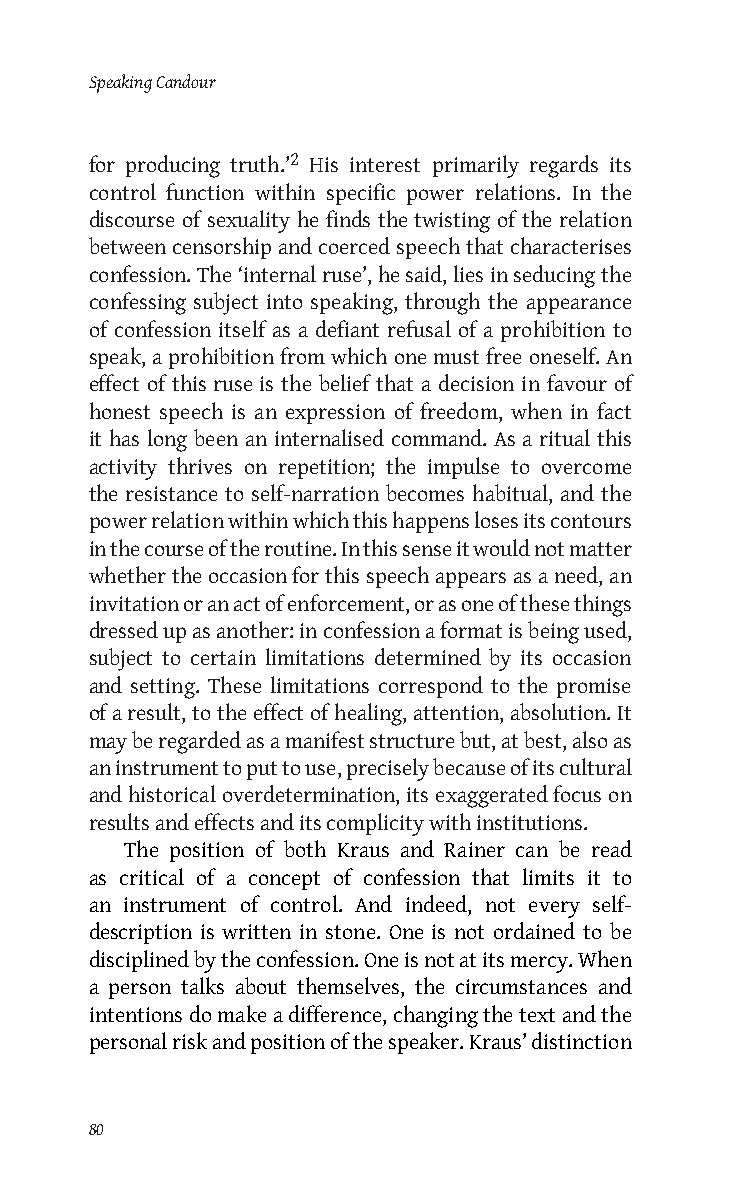
Speaking Candour
 for producing truth.’2 His interest primarily regards its
 control function within specific power relations. In the
 discourse of sexuality he finds the twisting of the relation
 between censorship and coerced speech that characterises
 confession. The ‘internal ruse’, he said, lies in seducing the
 confessing subject into speaking, through the appearance
 of confession itself as a defiant refusal of a prohibition to
 speak, a prohibition from which one must free oneself. An
 effect of this ruse is the belief that a decision in favour of
 honest speech is an expression of freedom, when in fact
 it has long been an internalised command. As a ritual this
 activity thrives on repetition; the impulse to overcome
 the resistance to self-narration becomes habitual, and the
 power relation within which this happens loses its contours
 in the course of the routine. In this sense it would not matter
 whether the occasion for this speech appears as a need, an
 invitation or an act of enforcement, or as one of these things
 dressed up as another: in confession a format is being used,
 subject to certain limitations determined by its occasion
 and setting. These limitations correspond to the promise
 of a result, to the effect of healing, attention, absolution. It
 may be regarded as a manifest structure but, at best, also as
 an instrument to put to use, precisely because of its cultural
 and historical overdetermination, its exaggerated focus on
 results and effects and its complicity with institutions.
 The position of both Kraus and Rainer can be read
 as critical of a concept of confession that limits it to
 an instrument of control. And indeed, not every self-
 description is written in stone. One is not ordained to be
 disciplined by the confession. One is not at its mercy. When
 a person talks about themselves, the circumstances and
 intentions do make a difference, changing the text and the
 personal risk and position of the speaker. Kraus’ distinction
 80